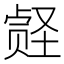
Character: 𪠀